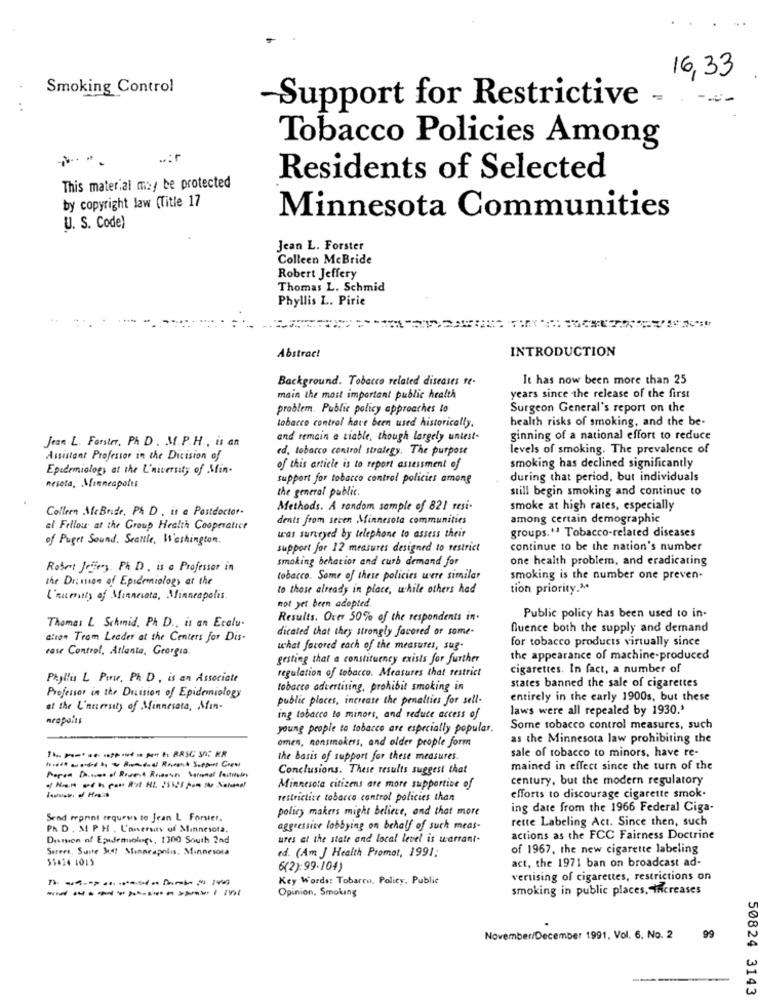
16,33
Smoking Control
..
Support for Restrictive -
Tobacco Policies Among
Residents of Selected
This material may be protected
by copyright law (Title 17
Minnesota Communities
U. S. Code)
Jean L. Forster
Colleen McBride
Robert Jeffery
Thomas L. Schmid
Phyllis L. Pirie
INTRODUCTION
Abstract
Background. Tobacco related diseases re-
It has now been more than 25
main the most important public health
years since the release of the first
problem. Public policy approaches to
Surgeon General's report on the
health risks of smoking, and the be-
tobacco control have been used historically.
Jean L. Forster, PA D. M. P.H ., is an
and remain a tiable, though largely untest-
ginning of a national effort to reduce
ed, tobacco control strategy. The purpose
levels of smoking. The prevalence of
Assistant Professor in the Division of
Epidemiology at the L'niversity of Min-
of this article is to report assessment of
smoking has declined significantly
support for tobacco control policies among
during that period, but individuals
nesota, Minneapolis
the general public.
still begin smoking and continue to
Colleen McBride, Ph D . is a Postdoctor-
Methods. A random sample of 821 resi-
smoke at high rates, especially
dents from seven Minnesota communities
among certain demographic
al Fellou at the Group Health Cooperatice
of Puget Sound. Seattle, Washington.
was surveyed by telephone to assess their
groups." Tobacco-related diseases
support for 12 measures designed to restrict
continue to be the nation's number
smoking behavior and curb demand for
one health problem, and eradicating
Robert Jasig. P& D, is a Professor in
the Dr. mon of Epidemiology at the
tobacco. Some of these policies were similar
smoking is the number one preven-
to those already in place, while others had
tion priority."
L'aumity of Minnesota, Minneapolis.
not yet been adopted.
Thomas L Schinid. Ph D ., is an Ecalu-
Results. Over 50% of the respondents in.
Public policy has been used to in-
dicated that they strongly favored or some-
Quence both the supply and demand
ditan Team Leader at the Centers for Dis-
for tobacco products virtually since
rase Control, Atlanta, Georgia.
what favored each of the measures, sug
gesting that a constituency exists for further
the appearance of machine-produced
regulation of tobacco. Measures that restrict
cigarettes. In fact, a number of
Phyllis L Pinwe, Ph. D , is an Associate
tobacco advertising, prohibit smoking in
states banned the sale of cigarettes
Professor in the Decision of Epidemiology
public places, increase the penalties for sell-
entirely in the early 1900s, but these
at the L'nuersity of Minnesota, Min-
laws were all repealed by 1930.'
neapoits
ing tobacco to minors, and reduce access of
young people to tobacco are especially popular.
Some tobacco control measures, such
omen, nonsmokers, and older people form
as the Minnesota law prohibiting the
the basis of support for these measures.
sale of tobacco to minors, have re-
Conclusions. These results suggest that
mained in effect since the turn of the
century, but the modern regulatory
Minnesota citizens are more supportive of
restrictive tobacco control policies than
efforts to discourage cigarette smok.
policy makers might believe, and that more
ing date from the 1966 Federal Ciga-
Send reprint requeus to Jean L Forsier.
rette Labeling Act. Since then, such
PK D . MI P. H . L'anersin of Minnesota.
aggressive lobbying on behalf of such meas-
Dension of Epidemiolog ., 1300 South 2nd
ures at the state and local level is warrant-
actions as the FCC Fairness Doctrine
Sarees, Suite Mud Minneapolis, Minnesota
ed. (Am J Health Promot, 1991;
of 1967, the new cigarette labeling
$$634 1015
(2): 99- 104)
act, the 1971 ban on broadcast ad-
Key Words: Tobarro, Policy, Public
vertising of cigarettes, restrictions on
Opinion, Smoking
smoking in public places, increases
November/December 1991, Vol. 6, No. 2
99
50824 3143